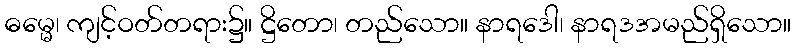
ဓမ္မေ၊ ကျင့်ဝတ်တရား၌။ ဋ္ဌိတော၊ တည်သော။ နာရဒေါ၊ နာရဒအမည်ရှိသော။